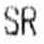
SR